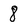
Character: 8